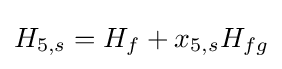
H_{5,s}=H_{f}+x_{5,s}H_{fg}